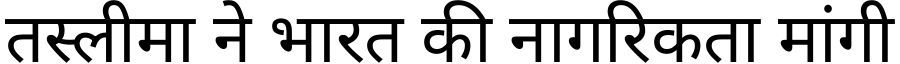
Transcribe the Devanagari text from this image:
तस्लीमा ने भारत की नागरिकता मांगी